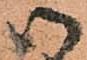
御